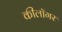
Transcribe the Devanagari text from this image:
कीलॉगर